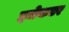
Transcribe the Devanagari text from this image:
इजेकटर